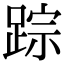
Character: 踪